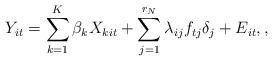
LaTeX: \begin{align*}Y_{it} = \sum_{k=1}^K\beta_kX_{kit} +\sum_{j=1}^{r_N}\lambda_{ij}f_{tj}\delta_{j}+E_{it},,\end{align*}